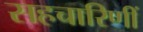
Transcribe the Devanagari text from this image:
सहचारिणीं